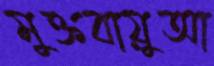
মুক্তবায়ুআ